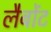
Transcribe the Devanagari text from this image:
लैबोंट